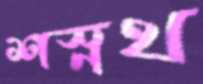
শস্নথ